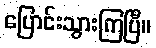
ပြောင်းသွားကြပြီ။